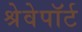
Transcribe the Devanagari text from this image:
श्रेवेपाॅर्ट